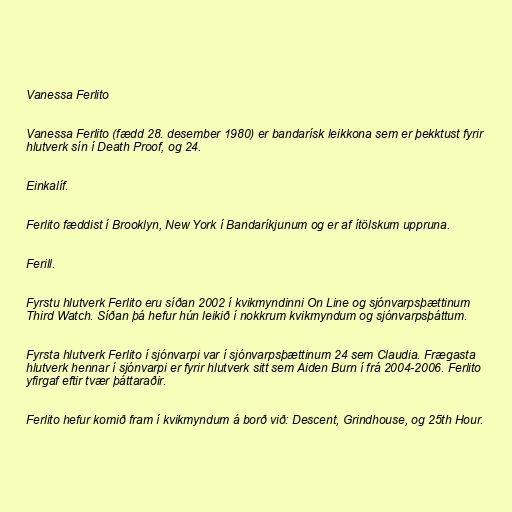
Vanessa Ferlito

Vanessa Ferlito (fædd 28. desember 1980) er bandarísk leikkona sem er þekktust fyrir
hlutverk sín í Death Proof, og 24.

Einkalíf.

Ferlito fæddist í Brooklyn, New York í Bandaríkjunum og er af ítölskum uppruna.

Ferill.

Fyrstu hlutverk Ferlito eru síðan 2002 í kvikmyndinni On Line og sjónvarpsþættinum
Third Watch. Síðan þá hefur hún leikið í nokkrum kvikmyndum og sjónvarpsþáttum.

Fyrsta hlutverk Ferlito í sjónvarpi var í sjónvarpsþættinum 24 sem Claudia. Frægasta
hlutverk hennar í sjónvarpi er fyrir hlutverk sitt sem Aiden Burn í frá 2004-2006. Ferlito
yfirgaf eftir tvær þáttaraðir.

Ferlito hefur komið fram í kvikmyndum á borð við: Descent, Grindhouse, og 25th Hour.